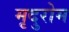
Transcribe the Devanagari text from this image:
मृदुरोम